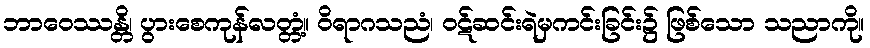
ဘာဝေဿန္တိ၊ ပွားစေကုန်လတ္တံ့။ ဝိရာဂသညံ၊ ဝဋ်ဆင်းရဲမှကင်းခြင်း၌ ဖြစ်သော သညာကို။